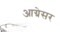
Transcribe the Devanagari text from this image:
आग्रेसर